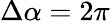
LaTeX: \Delta\alpha=2\pi